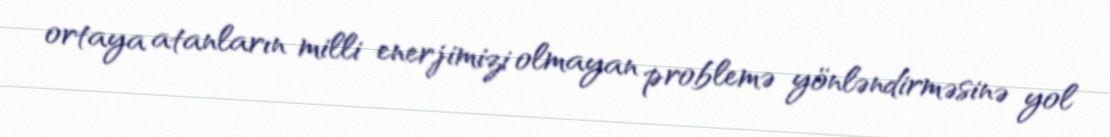
ortaya atanların milli enerjimizi olmayan problemə yönləndirməsinə yol